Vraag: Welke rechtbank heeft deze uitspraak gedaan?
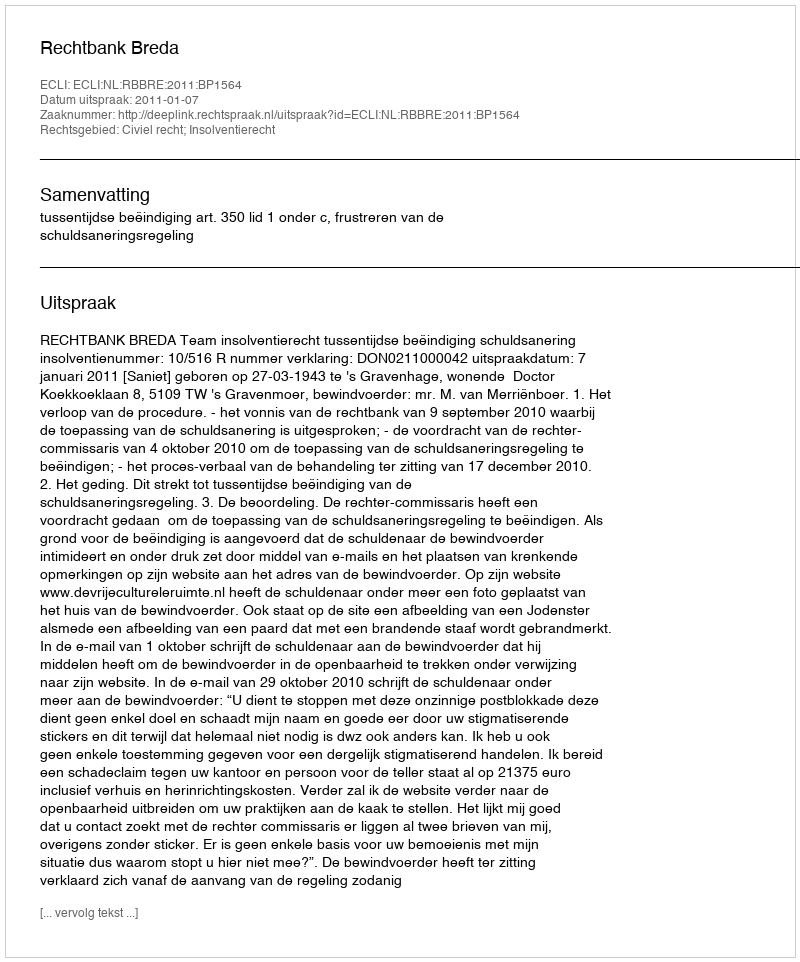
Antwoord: Rechtbank Breda